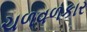
ચળવળકાર